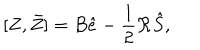
LaTeX: [ Z , \bar { Z } ] = B \hat { e } - \frac { 1 } { 2 } \mathcal R \hat { S } ,